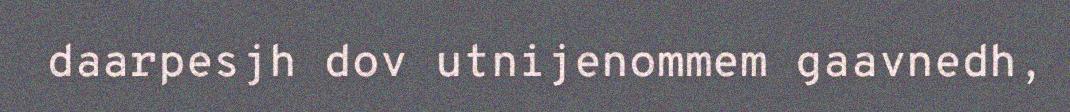
daarpesjh dov utnijenommem gaavnedh,